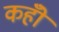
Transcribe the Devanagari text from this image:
कहोँ